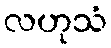
လဟုသံ